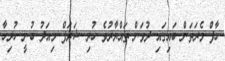
ހާފް މެރަތަން ބައިގައި ދުވަން ތައްޔާރުވެ ހުރި ޝަރަފް މިއަދު ބުނީ ހުރިހާ